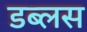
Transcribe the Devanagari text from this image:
डब्लस